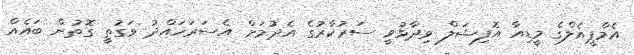
އެމްޕީއެލްގެ މީީޑިއާ އޮފިޝަލް ވިދާޅުވީ ސަރުކާރުގެ އެދުމަށް އެސަރަހައްދު ވަގުތީ ގޮތުން ބައެއް